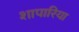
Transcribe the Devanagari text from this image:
शापारिया